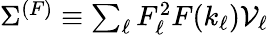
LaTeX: \begin{array}{r}{\Sigma^{(F)}\equiv\sum_{\ell}F_{\ell}^{2}F(k_{\ell})\mathcal{V}_{\ell}}\end{array}